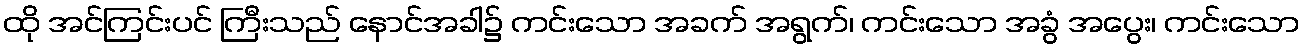
ထို အင်ကြင်းပင် ကြီးသည် နောင်အခါ၌ ကင်းသော အခက် အရွက်၊ ကင်းသော အခွံ အပွေး၊ ကင်းသော